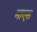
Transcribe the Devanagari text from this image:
माएस